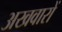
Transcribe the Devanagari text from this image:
अखवारों